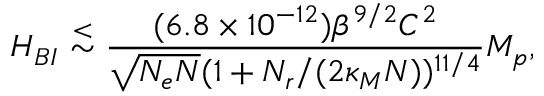
H _ { B I } \stackrel { < } { \sim } \frac { ( 6 . 8 \times 1 0 ^ { - 1 2 } ) \beta ^ { 9 / 2 } { \cal C } ^ { 2 } } { \sqrt { N _ { e } N } ( 1 + N _ { r } / ( 2 \kappa _ { M } N ) ) ^ { 1 1 / 4 } } M _ { p } ,